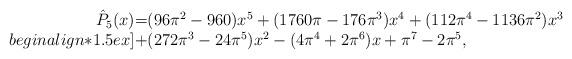
LaTeX: \begin{align*}\begin{array}{rcl}\hat{P}_5(x)\!\!&\!\!\!=\!\!\!&\!\!(96\pi^2-960) x^5+(1760\pi-176\pi^3) x^4+(112\pi^4-1136\pi^2) x^3 \\begin{align*}1.5 ex]\!\!&\!\!\!+\!\!\!&\!\!(272\pi^3-24\pi^5) x^2-(4\pi^4+2\pi^6) x+\pi^7-2\pi^5,\end{array}\end{align*}